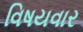
વિષયવાર